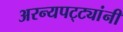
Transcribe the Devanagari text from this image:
अरन्यपट्ट्यांनी